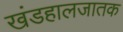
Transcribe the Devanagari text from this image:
खंडहालजातक